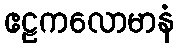
ဧဠကလောမာနံ